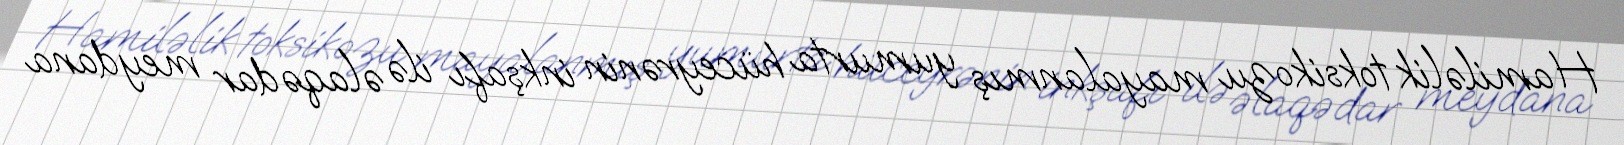
Hamiləlik toksikozu mayalanmış yumurta hüceyrənin inkşafı ilə əlaqədar meydana